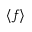
\langle f \rangle